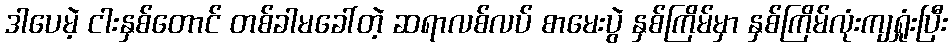
ဒါပေမဲ့ ငါးနှစ်တောင် တစ်ခါမခေါ်တဲ့ ဆရာလစ်လပ် စာမေးပွဲ နှစ်ကြိမ်မှာ နှစ်ကြိမ်လုံးကျရှုံးပြီး